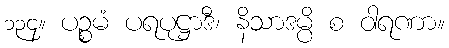
၁၃၄။ ပဉ္စမံ ပရပုဋ္ဌာဒီ၊ နိသာဒမ္ပိ စ ဝါရဏာ။